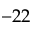
- 2 2